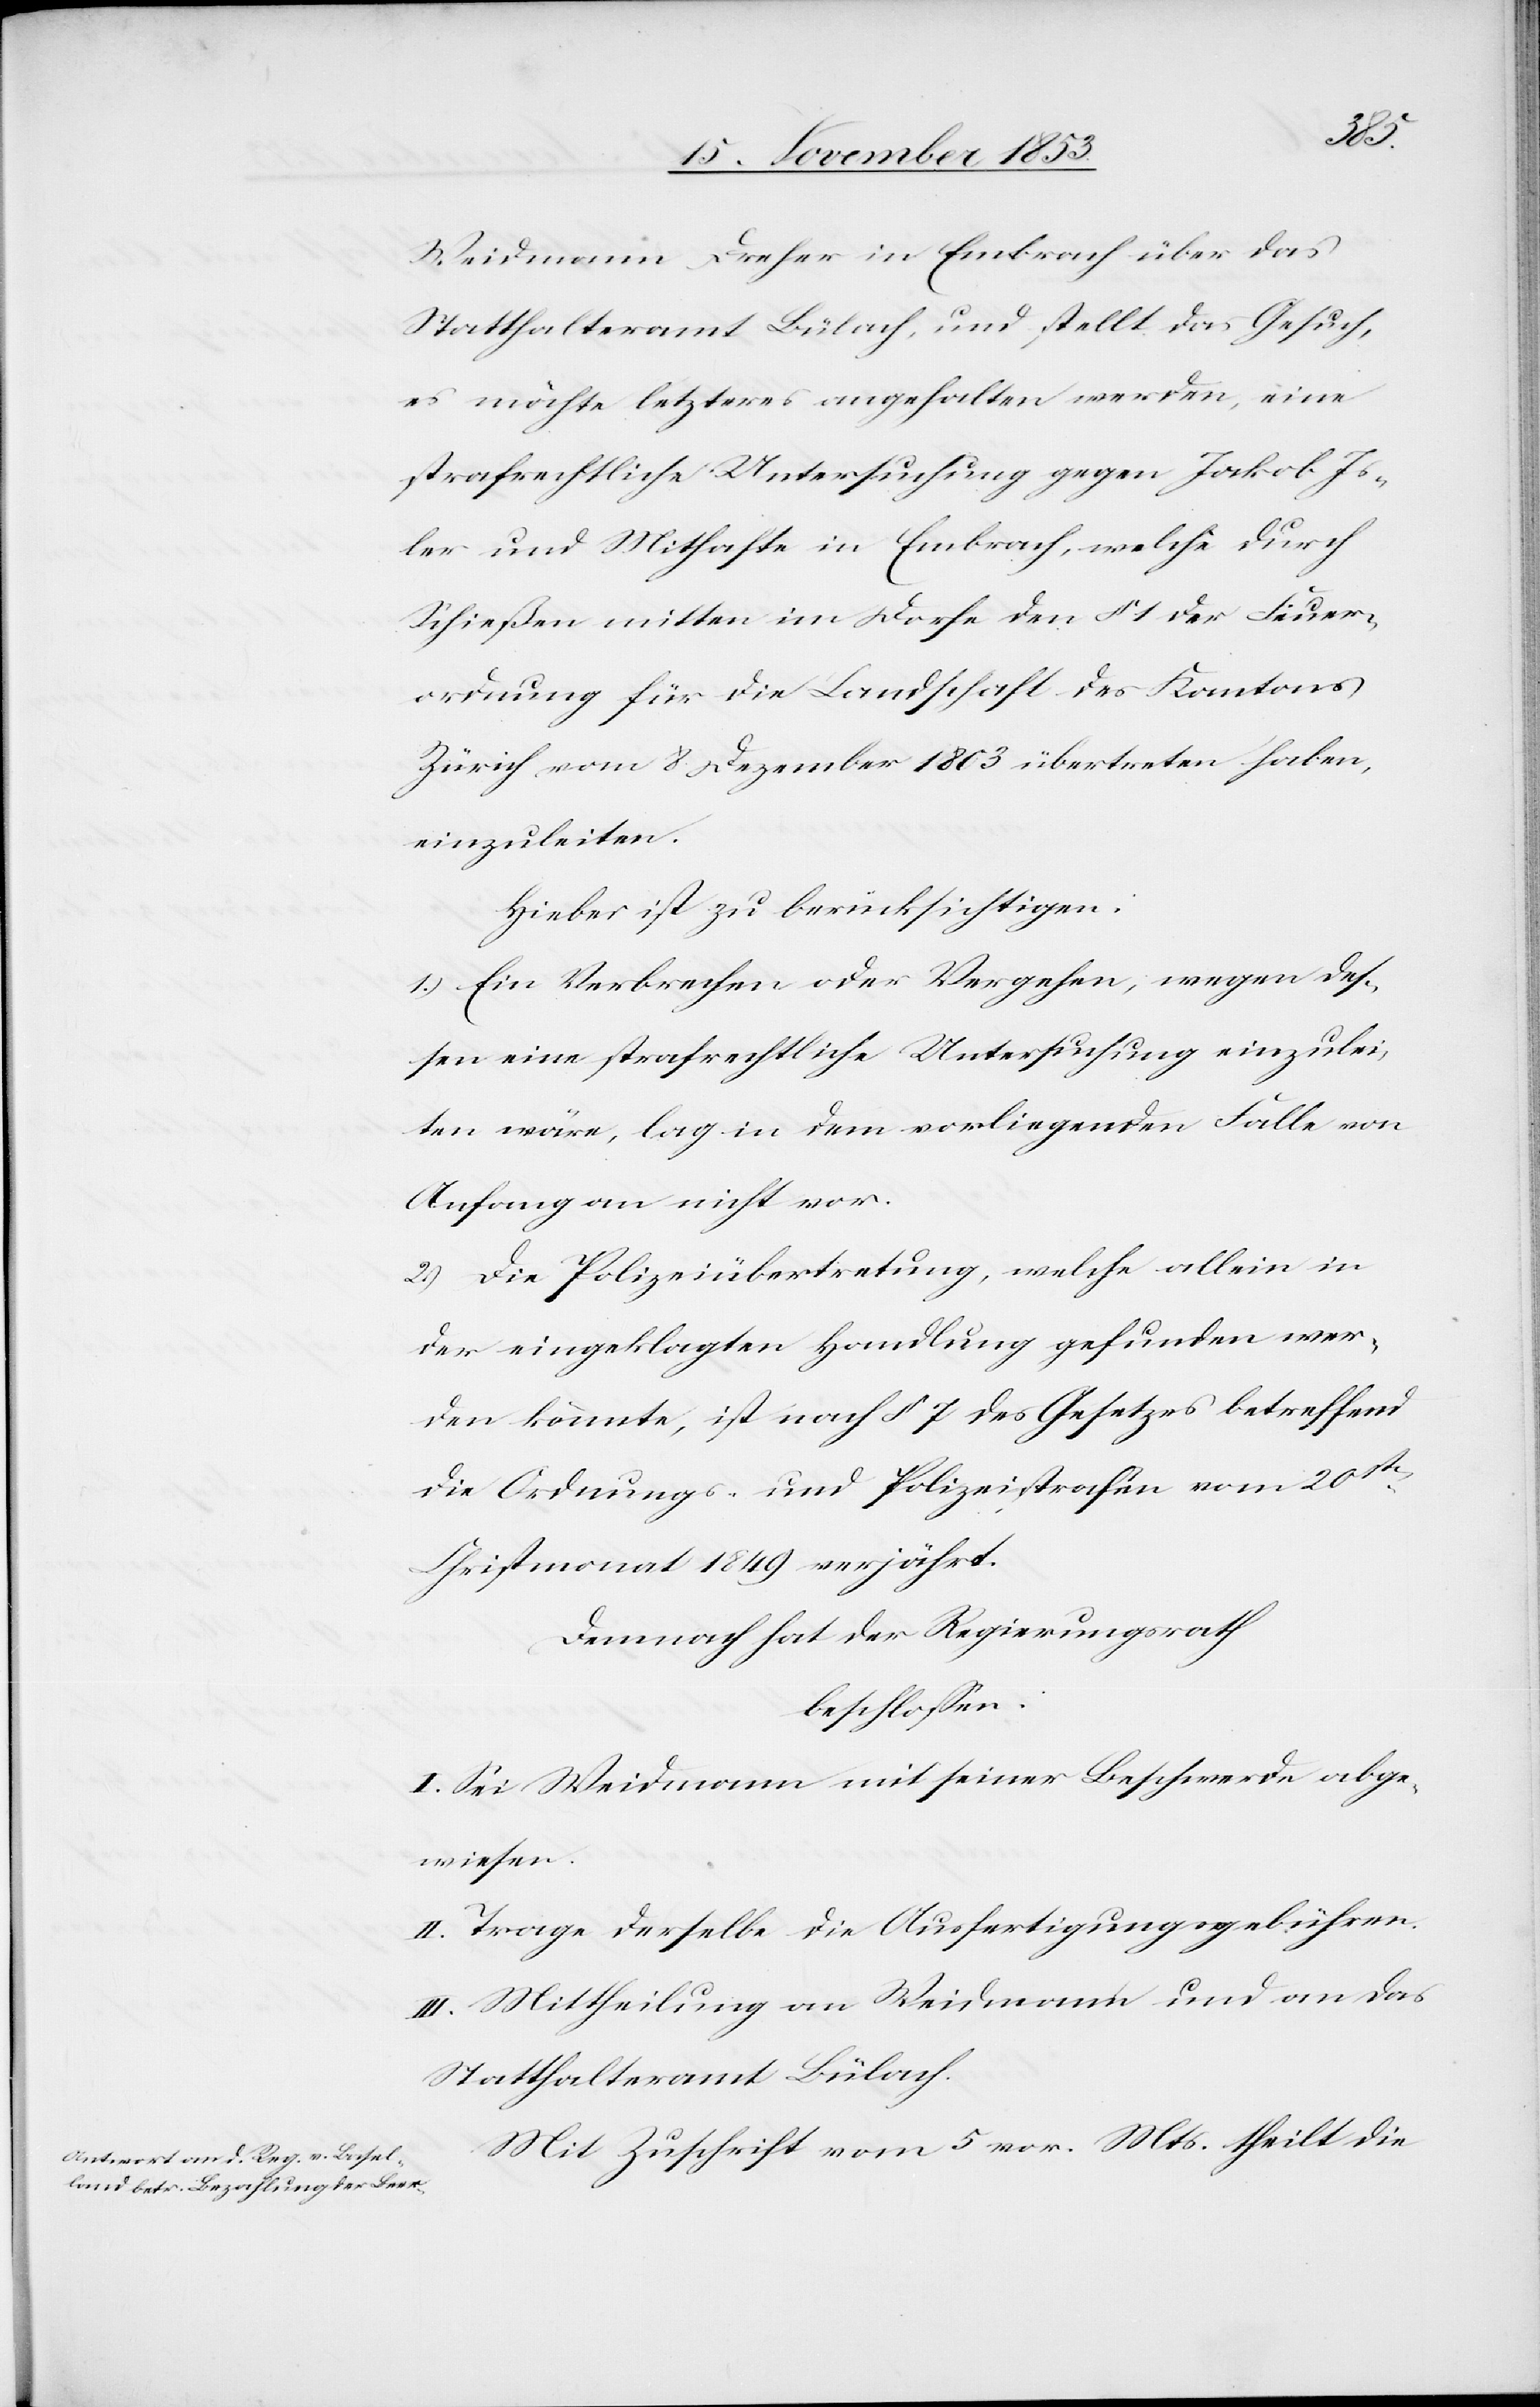
sen
Weidmann Dreher in Embrach über das
Statthalteramt Bülach, und stellt das Gesuch,
es möchte letzteres angehalten werden, eine
strafrechtliche Untersuchung einzulei¬
ler und Mithafte in Embrach, welche durch
Schießen mitten im Dorfe den § 1 der Feuer¬
ordnung für die Landschaft des Kantons
Zürich vom 8 Dezember 1803 übertreten haben,
einzuleiten.
Hiebei ist zu berücksichtigen:
1.) Ein Verbrechen oder Vergehen, wegen des¬
ten wäre, lag in dem vorliegenden Falle von
Anfang nicht vor.
2.) Die Polizeiübertretung, welche allein in
der eingeklagten Handlung gefunden wer¬
den könnte, ist nach § 7 des Gesetzes betreffend
die Ordnungs- und Polizeistraßen vom 20ten
Christmonat 1849 verjährt.
Demnach hat der Regierungsrath
beschloßen:
I. Sei Weidmann mit seiner Beschwerde abge¬
wiesen.
II. Trage derselbe die Ausfertigungsgebühren.
III. Mittheilung an Weidmann und an das
Statthalteramt Bülach.
Mit Zuschrift vom 5 vor. Mts. theilt die